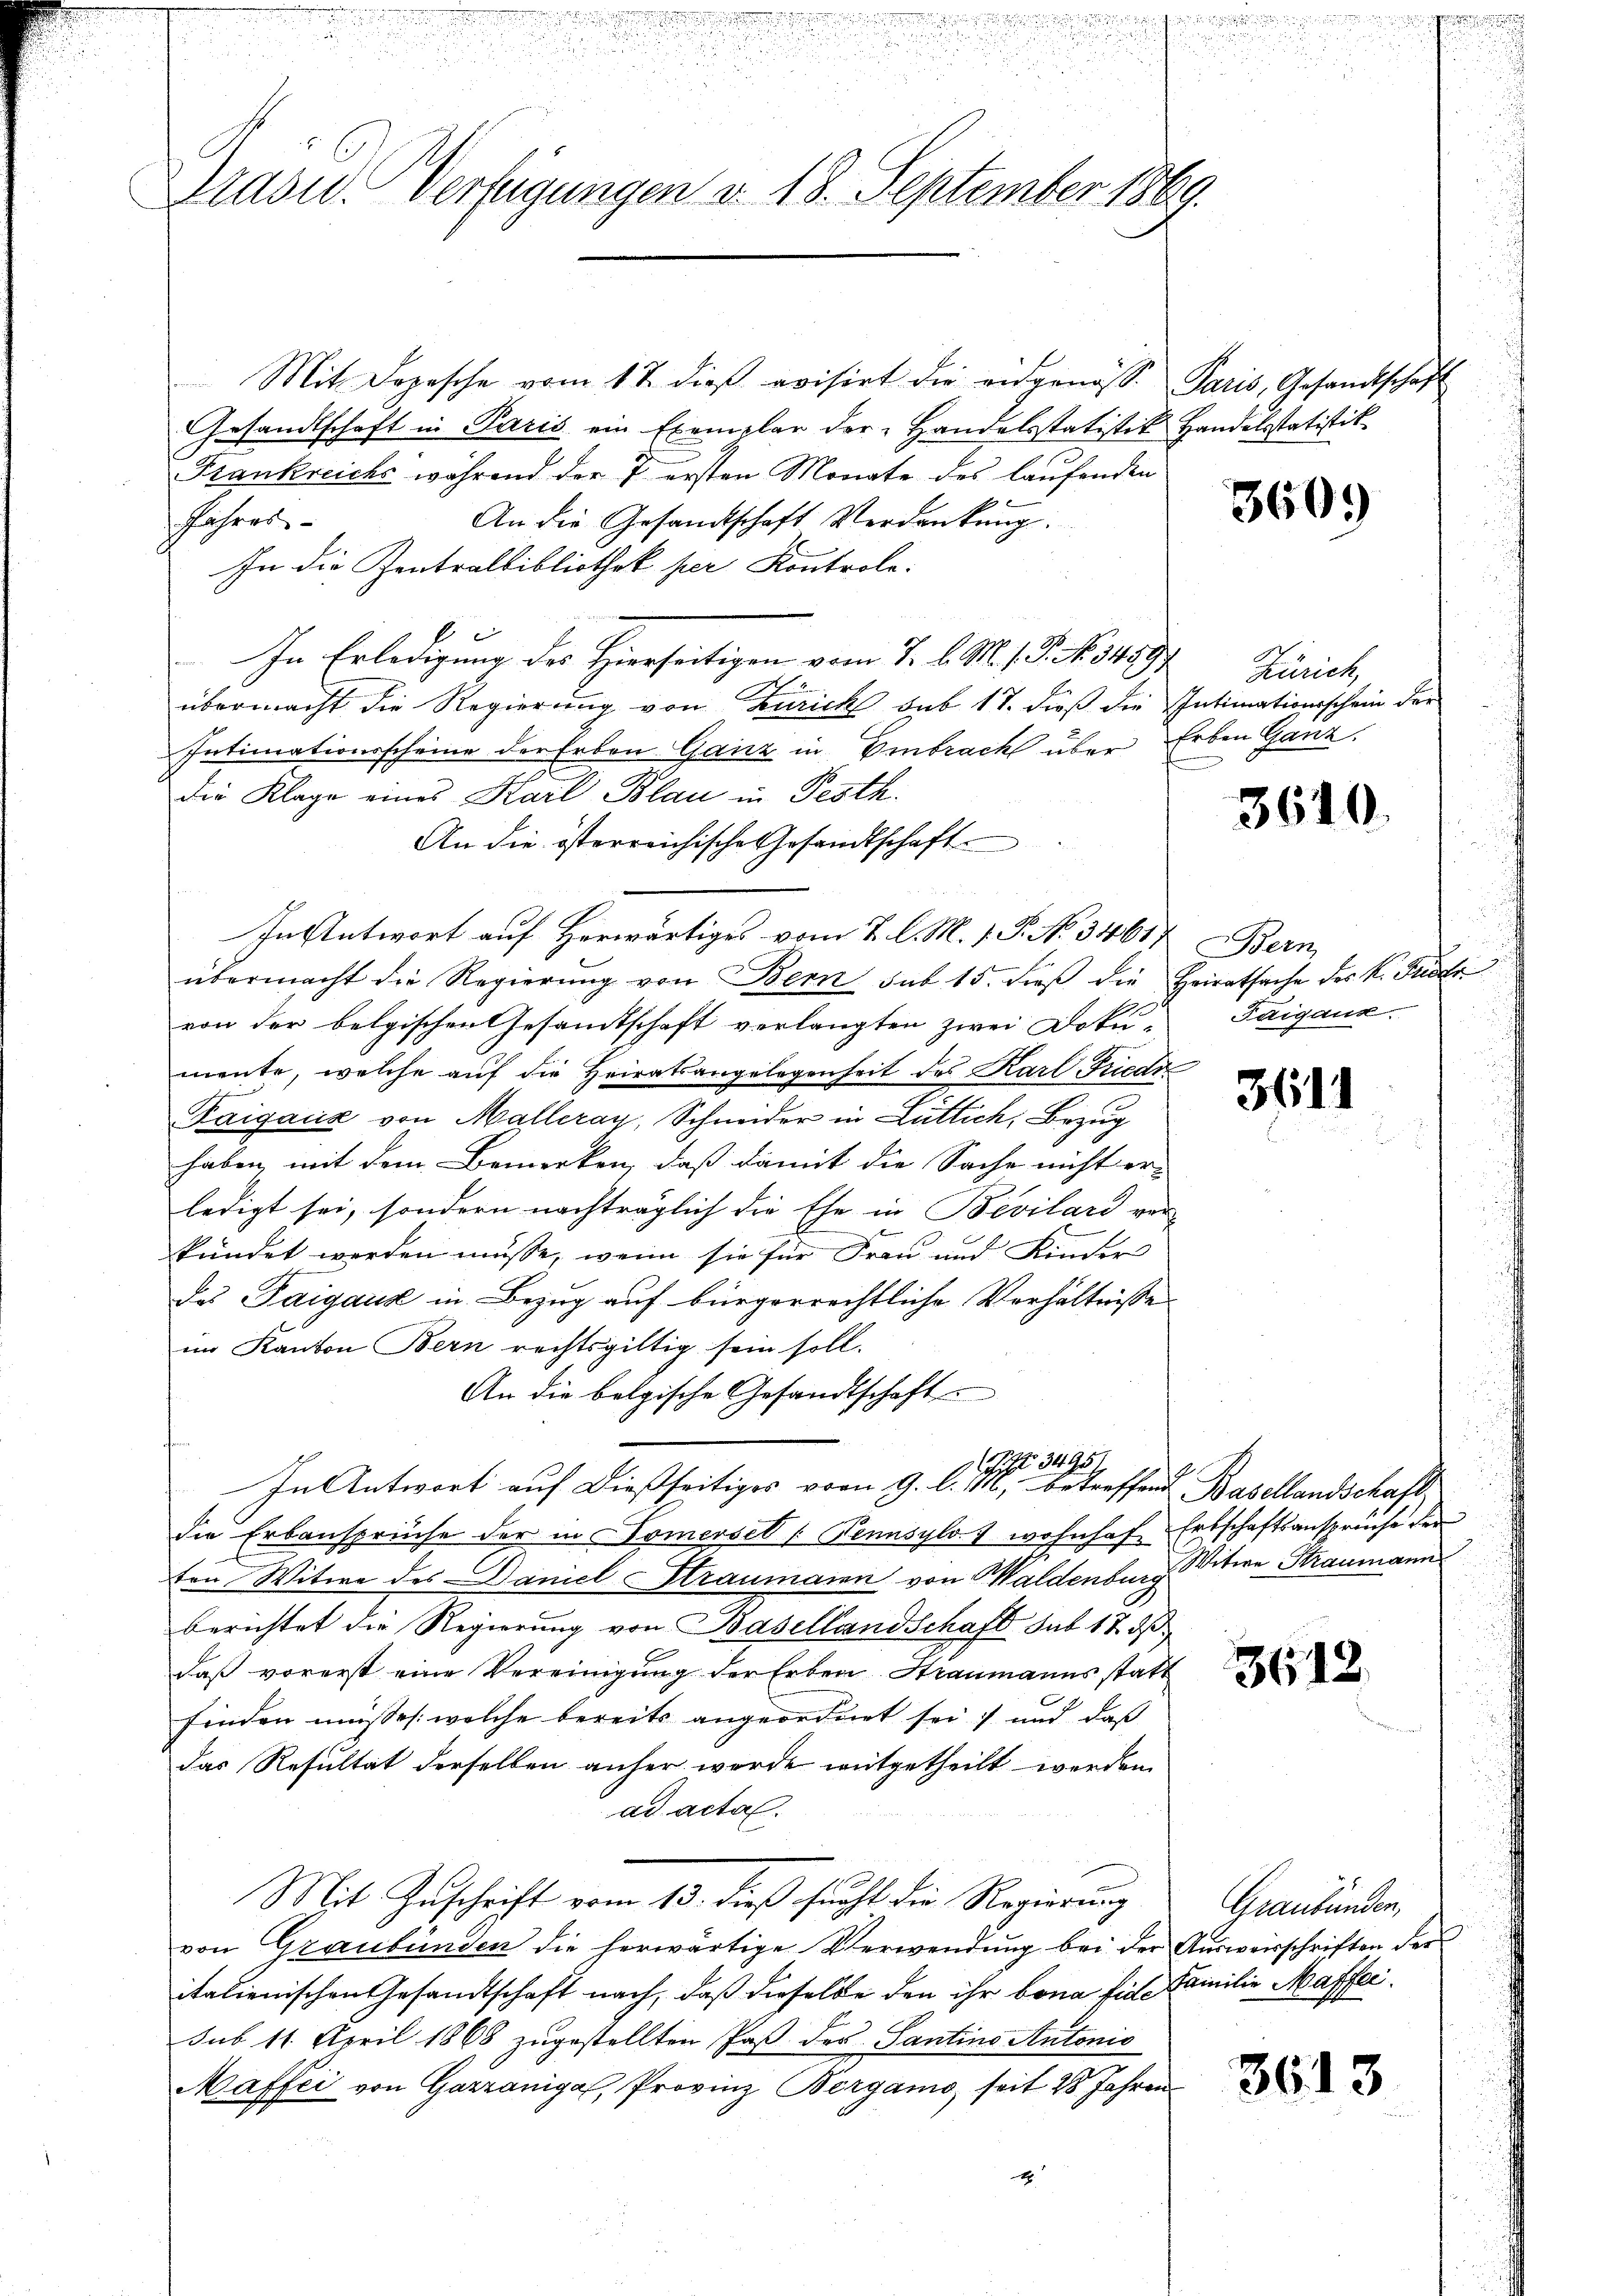
Grasw. Verfügungen v. 18. September 1869.

Mit Lopesche vom 17. dieβ evisirt die eidgenöss. Paris, Gesandtschaft
Gesandtschaft in Paris ein Exemplar der Handelsstatistik
Frankreichs während der 7. ersten Monate des laufenden
Jahres
An die Gesandtschaft Verdankŭng.
In die Zentralbibliothek per Kontrole:
In Erledigung des Hierseitigen vom 7. d. M. 1. No 3459.
übermacht die Regierung von Zürich sub 17. dieß die Intimationsschein der
Intimationsscheine der Erben Ganz in Embracht über Erben Ganz
die Klage eines Karl Blau in Pesth.
An die österreichische Gesandtschaft
In Antwort auf Herwärtiges vom 2. l. M. 1. P. No. 34617. Bern
übermacht die Regierung von Bern sub 15. dieß die
von der belgischen Gesamtschaft verlangten zwei Doku-Faigaux.
mente, welche auf die Heiratsangelegenheit des Karl-Friedr
Paiganz von Malleray, Schneider in Lüttich, Bezug
haben, mit dem Bemerken, daß damit die Sache nicht er-
ledigt sei, sondern nachträglich die Ehe in Bevilard von

t
kündet werden müsse, wenn sie für Frau und Kinder
Das Paigaus in Bezug auf bürgerrechtliche Verhältnisse
im Kanton Bern rechtsgültig sein soll.
An die belgische Gesandtschaft
 3495
In Antwort auf dießseitiges vom 9. l. 116, betreffend Basellandschaft
die Erbansprüche der in Somersel (Pennsylos wohnhaf
ten Witwe des Daniel Straumanen von Waldenburg Witwe Straumann
berichtet die Regierung von Basellandschaft sub 15. dß
daß vorerst eine Vereinigung der Erben Straumanns statt
finden müssen: welche bereits angeordnet sei, und daß
das Resultat derselben anher werde mitgetheilt werden
ad acta.
Mit Zuschrift vom 13. dieß sucht die Regierung
von Graubünden die herwärtige Verwendung bei der Ausweisschriften der
italienischen Gesandtschaft nach, daß dieselbe den ihr bona fiel. Familie Maffer
sub 11. April 1868 zugestellten Paß des Santins Autonio
Maffei von Gazzanigal, Provinz Bergamo seit 28 Jahren

Handelsstatistik

f

360.

Zürich,

3610.

Heiratsache des K. Friedr

3611

Erbschaftsansprüche der

3612.

Graubünden,

¬

3613